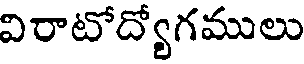
విరాటోద్యోగములు